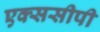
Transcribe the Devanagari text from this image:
एक्ससीपी